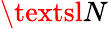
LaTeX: \textsl{N}